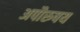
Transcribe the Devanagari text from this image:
अपौरुषय